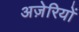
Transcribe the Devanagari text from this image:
अज़ेरियों